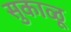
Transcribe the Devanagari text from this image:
सुकाळू